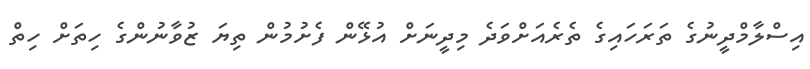
އިސްލާމްދީނުގެ ތަރަހައިގެ ތެރެއަށްވަދެ މިދީނަށް އުޅޭން ފެށުމުން ތިޔަ ޒުވާނުންގެ ހިތަށް ހިތް